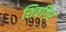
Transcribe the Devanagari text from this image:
शिवगिर